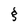
Character: g